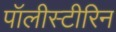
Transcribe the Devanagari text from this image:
पॉलीस्टीरिन